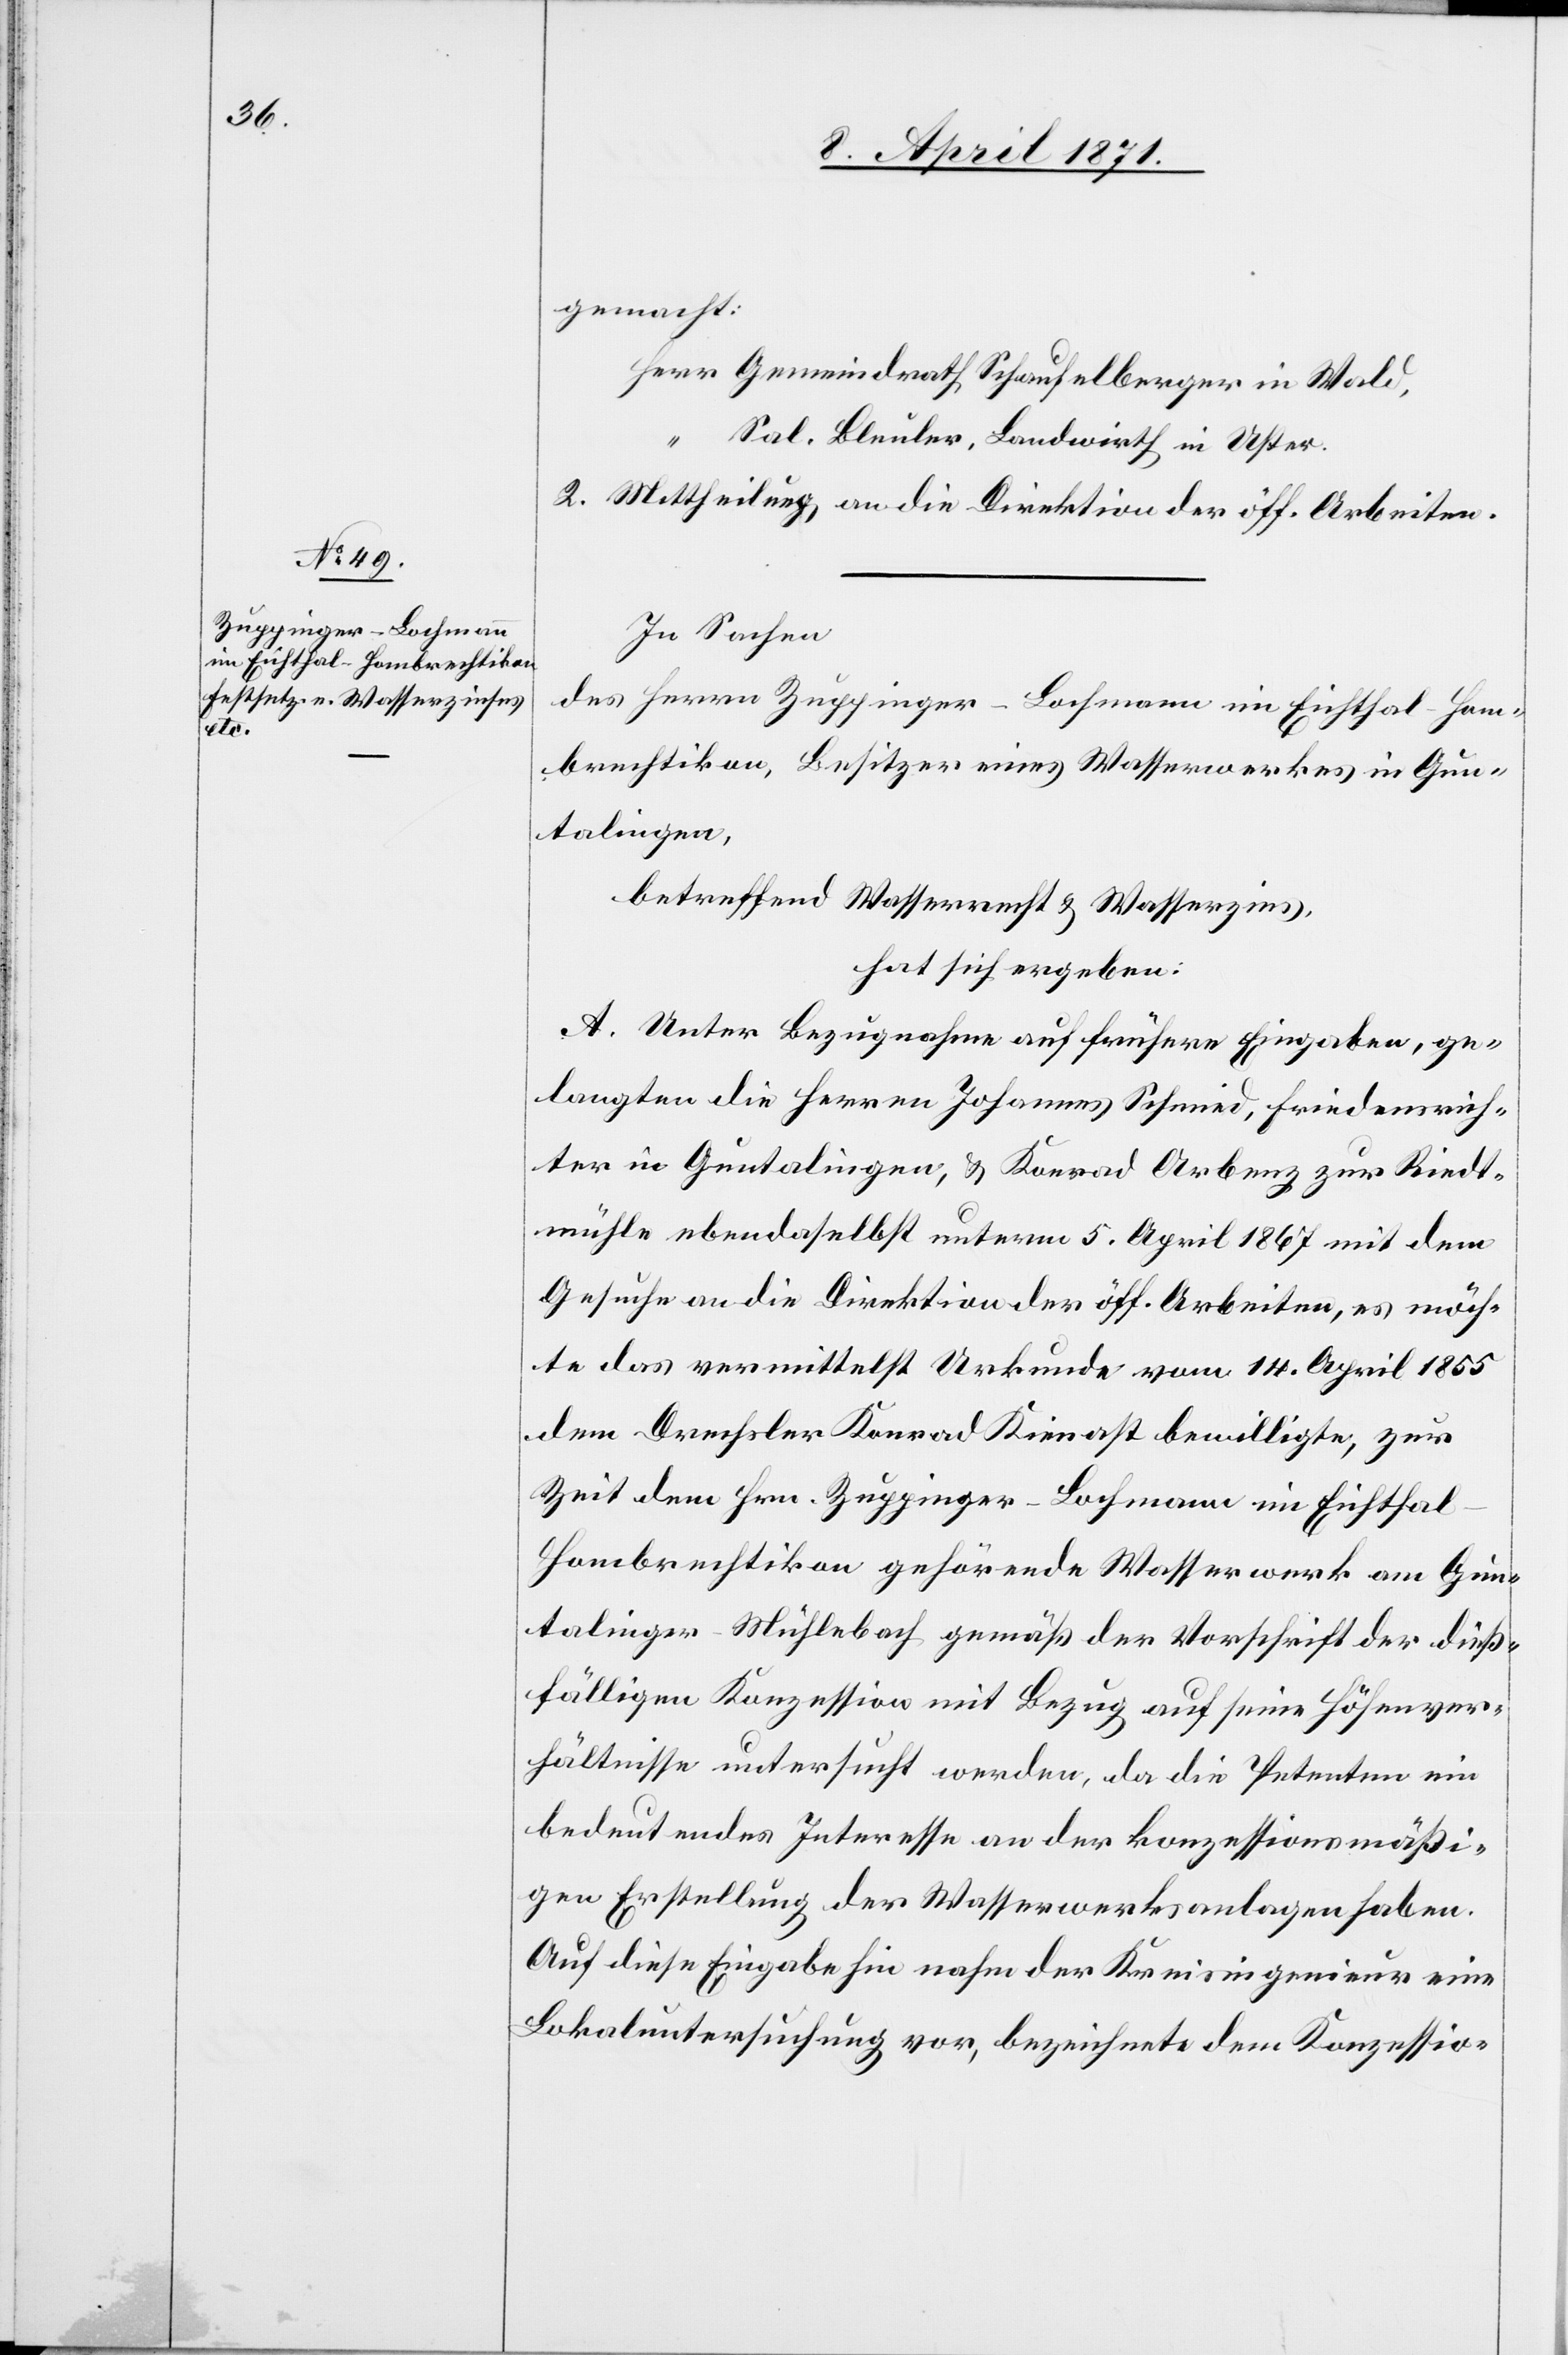
gemacht:
Herr Gemeindrath Schaufelberger in Wald,
“
Sal. Bleuler, Landwirth in Uster.
2. Mittheilung an die Direktion der öff. Arbeiten.
In Sachen
des Herrn Zuppinger-Bachmann in Eichthal-Hom¬
brechtikon, Besitzer eines Wasserwerkes in Gun¬
talingen,
betreffend Wasserrecht u. Wasserzins,
hat sich ergeben:
A. Unter Bezugnahme auf frühere Eingaben, ge¬
langten die Herren Johannes Schmied, Friedensrich¬
ter in Guntalingen, u. Konrad Arbenz zur Riedt¬
mühle ebendaselbst unterm 5. April 1867 mit dem
Gesuche an die Direktion der öff. Arbeiten, es möch¬
te das vermittelst Urkunde vom 14. April 1855
dem Drechsler Konrad Kienast bewilligte, zur
Zeit dem Hrn. Zuppinger-Bachmann im Eichtha¬
l-Hombrechtikon gehörende Wasserwerk am Gun¬
talinger-Mühlebach gemäß der Vorschrift der dieß¬
fälligen Konzession mit Bezug auf seine Höhenver¬
hältnisse untersucht werden, da die Petenten ein
bedeutendes Interesse an der konzessionsmäßi¬
gen Erstellung der Wasserwerksanlagen haben.
Auf diese Eingabe hin nahm der Kreisingenieur eine
Lokaluntersuchung vor, bezeichnete dem Konzessio-